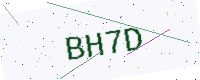
Text: BH7D